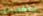
ستخبرينني